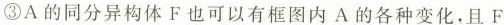
③A的同分异构体F也可以有框图内A的各种变化，且F